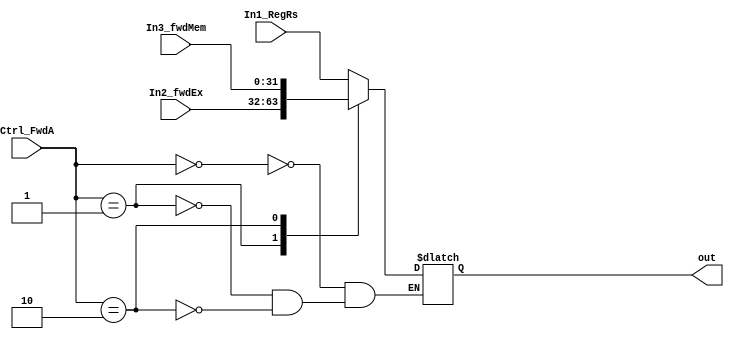
//This file contains modules for all the necessary multiplexors
//While a general purpose multiplexor can be used, an an instance created as needed, 
//decision is to explicitly define each multiplexor to aid in readability, understanding, 
//and reduced risk of error
//Once one of the choice inputs presented to the multiplexor is selected
//based on the provided control line, it is sent out as an output


//1st ALU source rs: 
//Control is forwarding unit - Forward A
//if 0, selected input is 1st register file's output: rs 
//if 1, selected input is forwarded ex to ex
//if 2, selected input is forwarded mem to ex
module first_alu_mux_3_to_1(In1_RegRs, In2_fwdEx, In3_fwdMem, Ctrl_FwdA, out);
	input [31:0] In1_RegRs, In2_fwdEx, In3_fwdMem;
	input [1:0] Ctrl_FwdA;
	output reg [31:0] out; // 32-bit output
	always @(In1_RegRs, In2_fwdEx, In3_fwdMem, Ctrl_FwdA) begin
		case (Ctrl_FwdA) 
			0: out <= In1_RegRs;
			1: out <= In2_fwdEx;
			2: out <= In3_fwdMem; 
		endcase
	end
endmodule

//2nd ALU source rt: 
//Control is from Forwarding Unit - Forward B
//if 0, selected input is 2nd register output rt 
//if 1, selected input is forwarded ex to ex
//if 2, selected input is forwarded mem to ex
module second_alu_mux_3_to_1(In1_RegRt, In2_fwdEx, In3_fwdMem, Ctrl_FwdB, out);
	input [31:0] In1_RegRt, In2_fwdEx, In3_fwdMem;
	input [1:0] Ctrl_FwdB;
	output reg [31:0] out; // 32-bit output
	always @(In1_RegRt, In2_fwdEx, In3_fwdMem, Ctrl_FwdB) begin
		case (Ctrl_FwdB) 
			0: out <= In1_RegRt;
			1: out <= In2_fwdEx;
			2: out <= In3_fwdMem;
		endcase
	end
endmodule

//3rd ALU for source: 2nd mux output feeds into this one
// Control is ALUSrc
// if 0, take input from 2nd mux (can be either 2nd register rt, forwarded value mem to ex, 
// or forwarded value ex to ex
// if 1, take input from 16bit immediate after it's sign extended
module third_alu_mux_2_to_1(In1_second_alu_mux, In2_immediate, Ctrl_ALUSrc, out);
	input [31:0] In1_second_alu_mux, In2_immediate;
	input Ctrl_ALUSrc;
	output reg [31:0] out; // 32-bit output
	always @(In1_second_alu_mux, In2_immediate, Ctrl_ALUSrc) begin
		case (Ctrl_ALUSrc) 
			0: out <= In1_second_alu_mux;
			1: out <= In2_immediate;
		endcase
	end
endmodule

//Mux to determine which destination address will be used and send to ex/mem pipeline stage
//Control: RegDst
//Inputs: rd, rt; Outputs: the chosen destination register
//if 0: rt (immediate type)
//if 1: rd (R type)
module idEx_to_exMem_mux_2_to_1(In1_rd, In2_rt, Ctrl_RegDst, out);
	input [4:0] In1_rd, In2_rt;
	input [1:0] Ctrl_RegDst;
	output reg [4:0] out; // 32-bit output
	always @(In1_rd, In2_rt, Ctrl_RegDst) begin
		case (Ctrl_RegDst) 
			0: out <= In2_rt;
			1: out <= In1_rd;
		endcase
	end
endmodule


//mux to determine writeback source (32 bit value)
//Control is MemToReg
//if 0, R type and take ALU result
//if 1, lw and take mem stage output
//if 2, jal and take hardcoded PC+4 because we need to save in $ra for returning
module writeback_source_mux_3_to_1(In1_ALU_Result, In2_Mem_output, In3_PC_plus_4, Ctrl_MemToReg, out);
	input [31:0] In1_ALU_Result, In2_Mem_output, In3_PC_plus_4;
	input [1:0] Ctrl_MemToReg;
	output reg [31:0] out; // 32-bit output
	always @(In1_ALU_Result, In2_Mem_output, In3_PC_plus_4, Ctrl_MemToReg) begin
		case (Ctrl_MemToReg) 
			0: out <= In1_ALU_Result;
			1: out <= In2_Mem_output;
			2: out <= In3_PC_plus_4;
		endcase
	end
endmodule



// multiplexer reg_dst to determine write address
//assign reg_write_dest = (reg_dst==2'b10) ? 3'b111: ((reg_dst==2'b01) ? instr[6:4] :instr[9:7]);
// Control line is RegDst
// if 0, if some immediate type (e.g., lw) address comes from 2nd read register, bits 20:16
// if 1, R type, address comes from rd bits 15:11
// if 2, jal and address is hardcoded $31 for $ra slot
module regDst_mux_2_to_1(In2_rType_rd, In3_jal_ra, Ctrl_RegDst, out);
	input [4:0] In2_rType_rd, In3_jal_ra;
	input [1:0] Ctrl_RegDst;
	output reg [4:0] out; // 32-bit output
	always @(In2_rType_rd, In3_jal_ra, Ctrl_RegDst) begin
		case (Ctrl_RegDst) 
			0: out <= In2_rType_rd;
			1: out <= In2_rType_rd;
			2: out <= In3_jal_ra;
		endcase
	end
endmodule


//Jump and branch: can't use the simple 1 mux with PCSrc strategy in the book
//Need 3 muxes, outlined below. If result of last two muxes is 0, then what
//gets passed to the PC is simply PC+4. 

// 1st mux: PC or branch 2:1
// Control line comes from branch decision AND gate
// if control is 0, select PC+4
// if control is 1, select sign extended label added to PC for BTA
module first_PC4_or_branch_mux_2_to_1(In1_PC_plus_4, In2_BTA, Ctrl_Branch_Gate, out);
	input [31:0] In1_PC_plus_4, In2_BTA;
	input Ctrl_Branch_Gate;
	output reg [31:0] out; // 32-bit output
	always @(In1_PC_plus_4, In2_BTA, Ctrl_Branch_Gate) begin
		case (Ctrl_Branch_Gate) 
			0: out <= In1_PC_plus_4;
			1: out <= In2_BTA;
		endcase
	end
endmodule


// 2nd mux: jump or first mux output
// 1st mux feeds it's output value into 2nd as one of the inputs. 
// 2nd input comes from jump_address_calculator. 
// Control line comes from Control Unit jump line. If 1, then it's a jump. Take 2nd input.
// If 0, it is the 1st input (can be either PC+4 or BTA depending on 1st mux result)
// If 1, calculated jump address (shift two, concat top 4 of PC)
module second_jump_or_first_mux_2_to_1(In1_first_mux, In2_jump_addr_calc, Ctrl_Jump, out);
	input [31:0] In1_first_mux, In2_jump_addr_calc;
	input Ctrl_Jump;
	output reg [31:0] out; // 32-bit output
	always @(In1_first_mux, In2_jump_addr_calc, Ctrl_Jump) begin
		case (Ctrl_Jump) 
			0: out <= In1_first_mux;
			1: out <= In2_jump_addr_calc;
		endcase
	end
endmodule

//3rd mux: jr
//2nd mux sends its output as one of the inputs. 2nd input comes from 1st read data
//in register (rs) at all times. 
//Control line comes from the JRControl module in ALU Control
//If control is 0 we take 1st input as determined by 2nd mux
//If control is 1 we take register value which contains jr address
module third_jr_or_second_mux_2_to_1(In1_second_mux, In2_reg_value_ra, JRCtrl, out);
	input [31:0] In1_second_mux, In2_reg_value_ra;
	input JRCtrl;
	output reg [31:0] out; // 32-bit output
	always @(In1_second_mux, In2_reg_value_ra, JRCtrl) begin
		case (JRCtrl) 
			0: out <= In1_second_mux;
			1: out <= In2_reg_value_ra;
		endcase
	end
endmodule


//Hazard detection mux in ID stage
//2:1 mux that stalls if lw conflict detected
//Control line: Mux_Select_Stall (from Hazard Unit)
//Inputs: Control Unit signal, hardcoded zero 
//If Control is 0, output is whatever is sent by Control Unit
//If Control is 1, output is 0 and sent to ID/EX wb, m, and ex control lines
module hazard_stall_mux_2_to_1(h_RegWrite, h_MemWrite, Ctrl_Mux_Select_Stall, h_RegWrite_out, h_MemWrite_out);
	input h_RegWrite, h_MemWrite;
	input Ctrl_Mux_Select_Stall;
	output reg h_RegWrite_out, h_MemWrite_out; // 32-bit output
	always @(h_RegWrite, h_MemWrite, Ctrl_Mux_Select_Stall) begin
		case (Ctrl_Mux_Select_Stall) 
			0: begin h_RegWrite_out <= h_RegWrite; h_MemWrite_out <= h_MemWrite; end
			1: begin h_RegWrite_out <= 0; h_MemWrite_out <= 0; end
		endcase
	end
endmodule


//Mux to select either output of third_jr_or_second_mux output
//or next available instruction
//Control: Ctrl_branch_or_jump_taken
//If control is high, take output of 3rd mux that contains branch or jump address
//If zero, proceed to PC+4
module PC_input_mux_2_to_1(pc_plus_4, branch_or_jump_in, Ctrl_branch_or_jump_taken, out);

	input [31:0] pc_plus_4;
	input [31:0] branch_or_jump_in;
	input Ctrl_branch_or_jump_taken;
	output reg [31:0] out;
	
	always @(pc_plus_4, branch_or_jump_in, Ctrl_branch_or_jump_taken) begin
		case (Ctrl_branch_or_jump_taken) 
			0: out <= pc_plus_4;
			1: out <= branch_or_jump_in;
		endcase
	end
endmodule